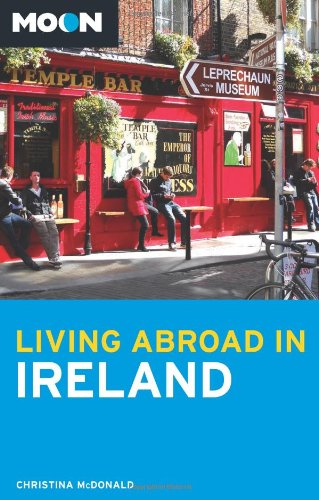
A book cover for Moon Living Abroad in Ireland; Christina McDonald; Travel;